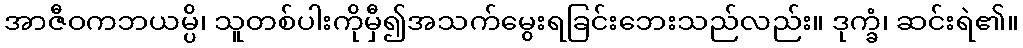
အာဇီဝကဘယမ္ပိ၊ သူတစ်ပါးကိုမှီ၍အသက်မွေးရခြင်းဘေးသည်လည်း။ ဒုက္ခံ၊ ဆင်းရဲ၏။